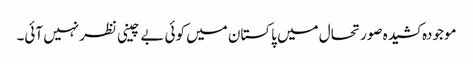
موجودہ کشیدہ صورتحال میں پاکستان میں کوئی بے چینی نظرنہیں آئی۔